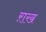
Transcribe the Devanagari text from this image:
ऱाख